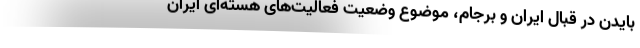
بایدن در قبال ایران و برجام، موضوع وضعیت فعالیت‌های هسته‌ای ایران